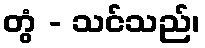
တွံ - သင်သည်၊